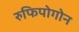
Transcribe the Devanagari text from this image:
रुफिपोगोन